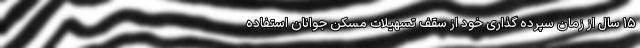
۱۵ سال از زمان سپرده گذاری خود از سقف تسهیلات مسکن جوانان استفاده